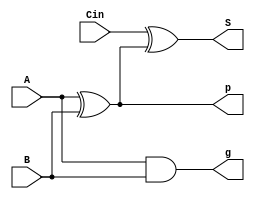
module fulladder_1(A, B, Cin, p, g, S);
    input A, B, Cin;
    output p, g, S;
    
    wire AxorB;

    assign p = AxorB;
    assign g = A & B;

    assign AxorB = A^B;
    assign S = Cin ^ AxorB;

endmodule